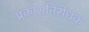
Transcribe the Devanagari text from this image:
प्रकाशनिरोधक